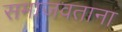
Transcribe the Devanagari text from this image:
समाजवताना